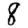
Digit: 8